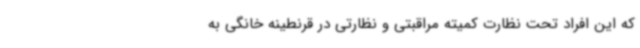
که این افراد تحت نظارت کمیته مراقبتی و نظارتی در قرنطینه خانگی به